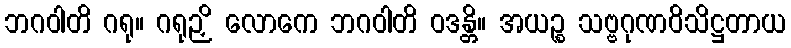
ဘဂဝါတိ ဂရု။ ဂရုဉှိ လောကေ ဘဂဝါတိ ဝဒန္တိ။ အယဉ္စ သဗ္ဗဂုဏဝိသိဋ္ဌတာယ